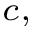
^ { c , }